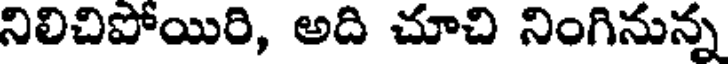
నిలిచిపోయిరి, అది చూచి నింగినున్న